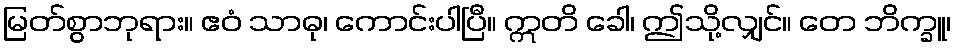
မြတ်စွာဘုရား။ ဧဝံ သာဓု၊ ကောင်းပါပြီ။ ဣတိ ခေါ၊ ဤသို့လျှင်။ တေ ဘိက္ခူ၊